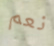
نعم